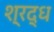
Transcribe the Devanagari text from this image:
श्रद्ध